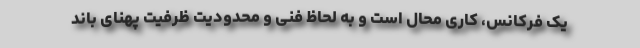
یک فرکانس، کاری محال است و به لحاظ فنی و محدودیت ظرفیت پهنای باند